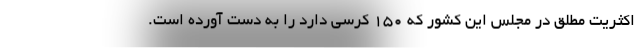
اکثریت مطلق در مجلس این کشور که ۱۵۰ کرسی دارد را به دست آورده است.